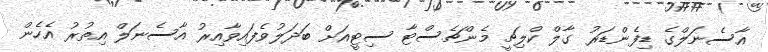
އާސެނަލްގެ ޑިފެންޑަރު ގާލް ކްލިޗީ މެންޗެސްޓާ ސިޓީއަށް ބަދަލުވެފައިވާއިރު އާސެނަލް އިތުރު އެހެން